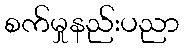
စက်မှုနည်းပညာ